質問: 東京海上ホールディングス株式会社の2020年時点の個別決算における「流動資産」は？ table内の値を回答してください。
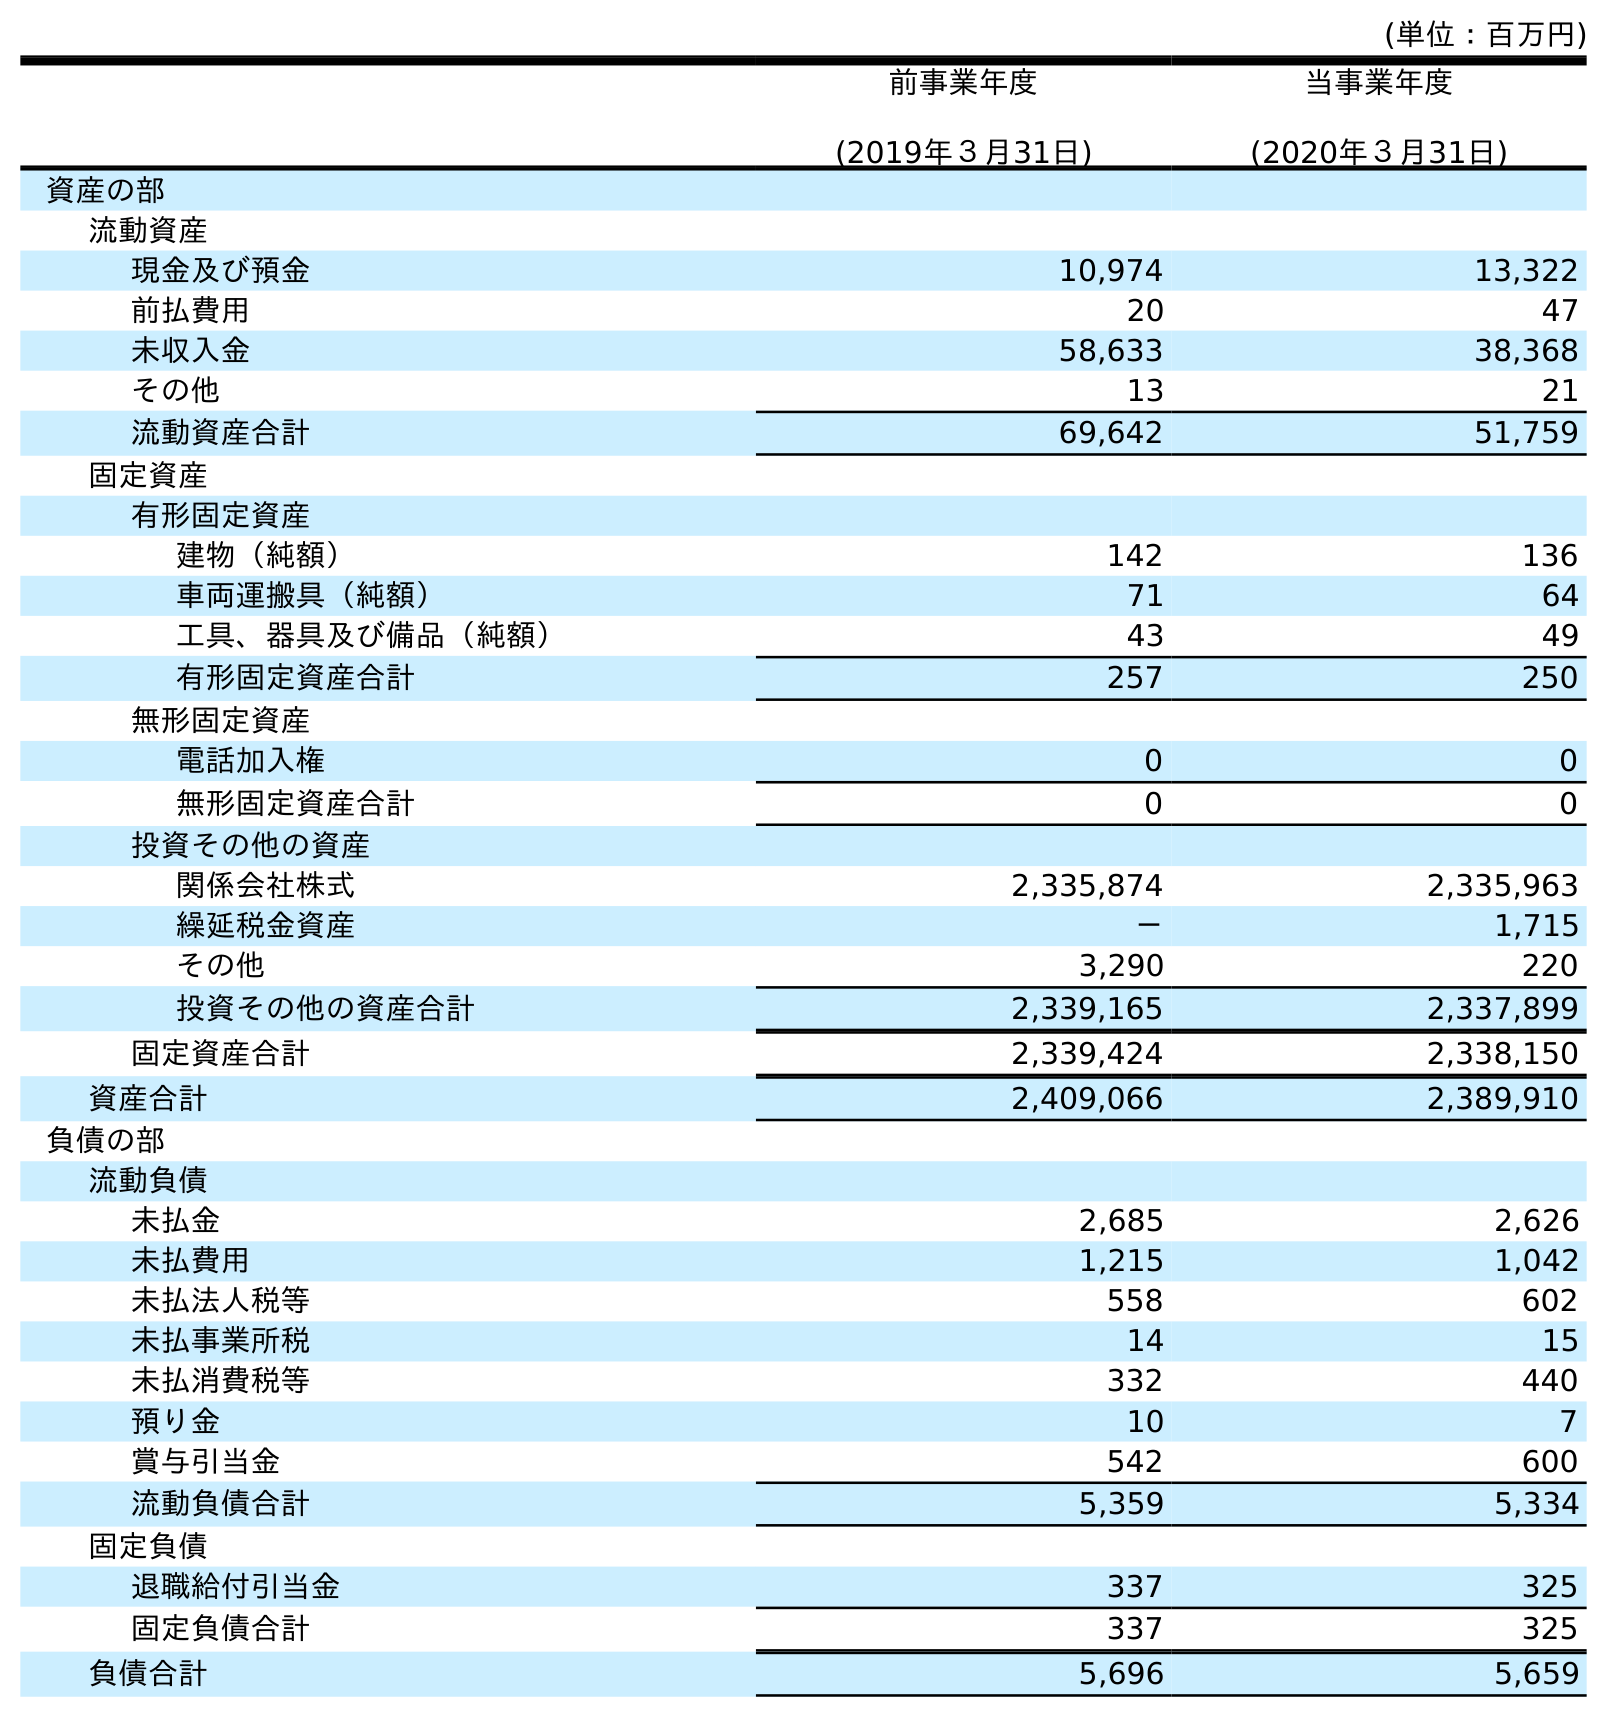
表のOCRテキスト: (単位：百万円) 前事業年度 (2019年３月31日) 当事業年度 (2020年３月31日) 資産の部 流動資産 現金及び預金 10,974 13,322 前払費用 20 47 未収入金 58,633 38,368 その他 13 21 流動資産合計 69,642 51,759 固定資産 有形固定資産 建物（純額） 142 136 車両運搬具（純額） 71 64 工具、器具及び備品（純額） 43 49 有形固定資産合計 257 250 無形固定資産 電話加入権 0 0 無形固定資産合計 0 0 投資その他の資産 関係会社株式 2,335,874 2,335,963 繰延税金資産 － 1,715 その他 3,290 220 投資その他の資産合計 2,339,165 2,337,899 固定資産合計 2,339,424 2,338,150 資産合計 2,409,066 2,389,910 負債の部 流動負債 未払金 2,685 2,626 未払費用 1,215 1,042 未払法人税等 558 602 未払事業所税 14 15 未払消費税等 332 440 預り金 10 7 賞与引当金 542 600 流動負債合計 5,359 5,334 固定負債 退職給付引当金 337 325 固定負債合計 337 325 負債合計 5,696 5,659
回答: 51,759